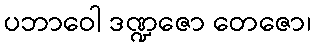
ပဘာဝေါ ဒဏ္ဍဇော တေဇော၊